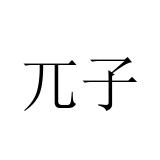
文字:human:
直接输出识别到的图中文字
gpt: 兀子